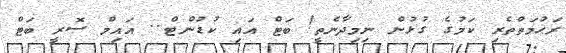
ރަޙުމަތްތެރި ކަމުގެ ގުޅުން ނިމިދާނެތީ! ބަޓް އައި ކުޑުންޓް.. އައިމް ސޮރީ ބަޓް